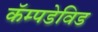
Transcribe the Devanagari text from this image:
कॅम्पडेविड